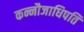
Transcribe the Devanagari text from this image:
कन्नौजाधिपति